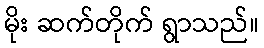
မိုး ဆက်တိုက် ရွာသည်။